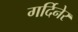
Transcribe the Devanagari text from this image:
गर्दिनेर